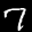
Label: 7